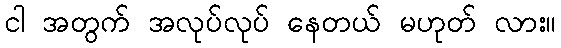
ငါ အတွက် အလုပ်လုပ် နေတယ် မဟုတ် လား။